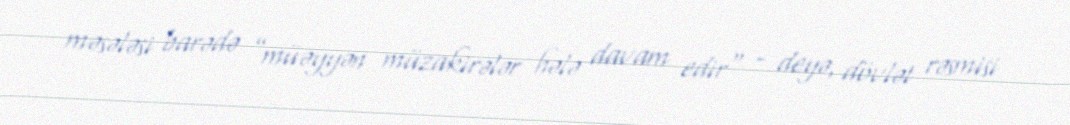
məsələsi barədə ”müəyyən müzakirələr hələ davam edir" - deyə, dövlət rəsmisi